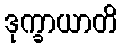
ဒုက္ခာယာတိ